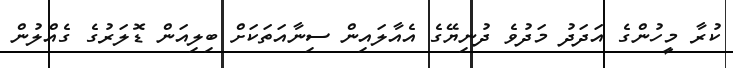
ކުރާ މީހުންގެ އަދަދު މަދުވެ ދުނިޔޭގެ އެއާލައިން ސިނާއަތަކަށް ބިލިއަން ޑޮލަރުގެ ގެއްލުން